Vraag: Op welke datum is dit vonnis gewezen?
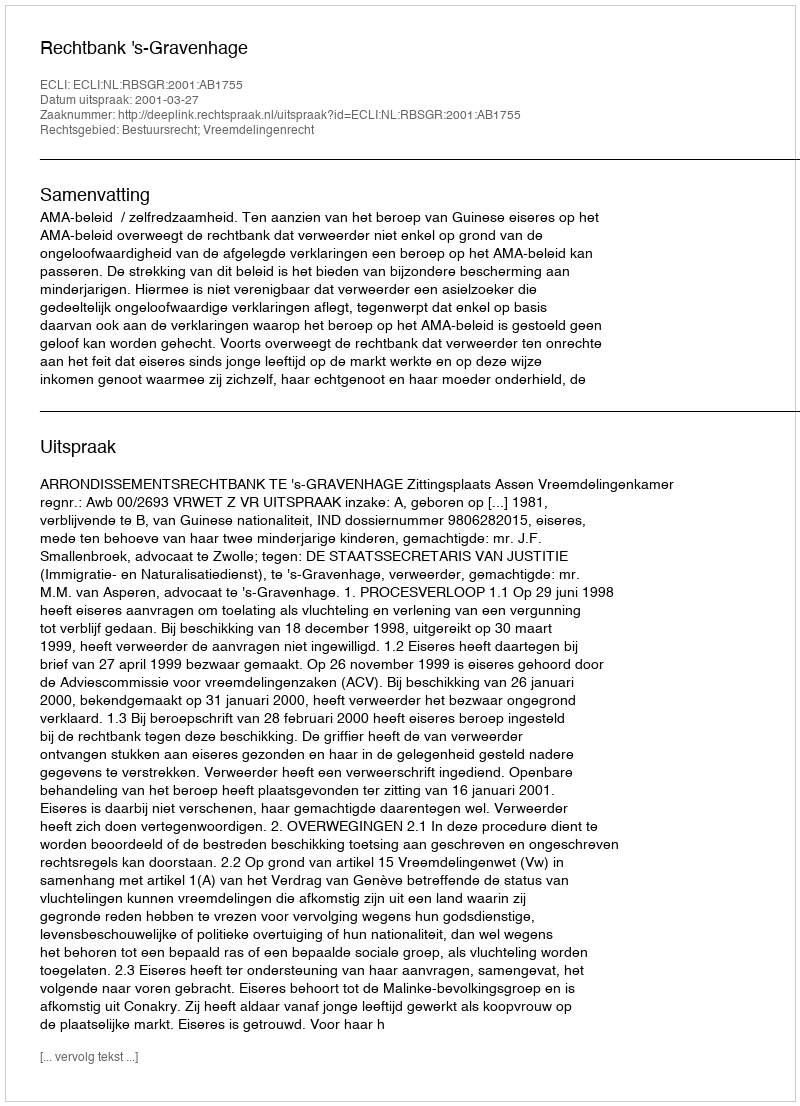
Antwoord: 2001-03-27